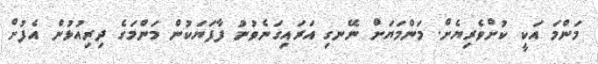
މަންމަ އަކީ ކުށްވެރިޔެށް. މަންމަޔަށް ނޭނގި އަރައިގަނެވުނު ފާފަޔަކުން މަންމަގެ ދިރިއުޅުން އެފުށް